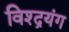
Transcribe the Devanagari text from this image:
विश्द्रयंग